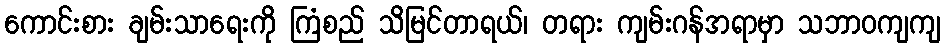
ကောင်းစား ချမ်းသာရေးကို ကြံစည် သိမြင်တာရယ်၊ တရား ကျမ်းဂန်အရာမှာ သဘာဝကျကျ